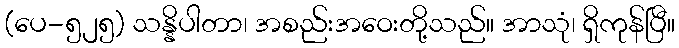
(ပေ-၅၂၅) သန္နိပါတာ၊ အစည်းအဝေးတို့သည်။ အာသုံ၊ ရှိကုန်ပြီ။